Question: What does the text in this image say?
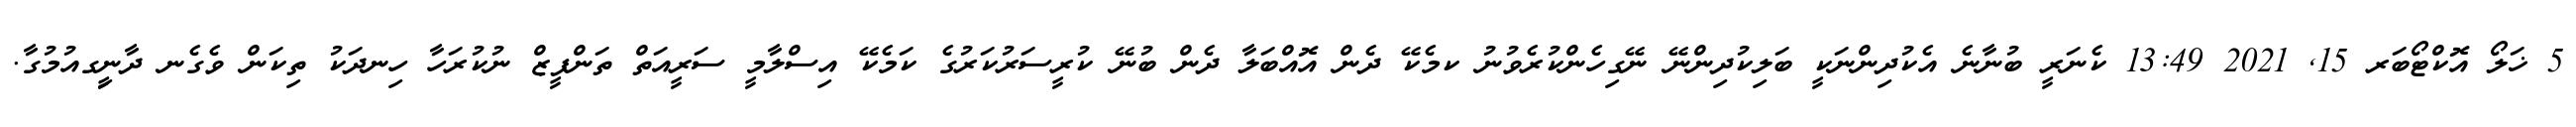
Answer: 5 ޚަލޯ އޮކްޓޯބަރ 15, 2021 13:49 ކެނަރީ ބުނާނެ އެކުދިންނަކީ ބަލިކުދިންނޭ ނޭގިހެންކުރެވުނު ކމެކޭ ދެން އޮއްބަލާ ދެން ބުނޭ ކުރީސަރުކަރުގެ ކަމެކޭ އިސްލާމީ ސަރީއަތް ތަންފީޒް ނުކުރަހާ ހިނދަކު ތިކަން ވެގެނ ދާނީިގއުމުގާ.